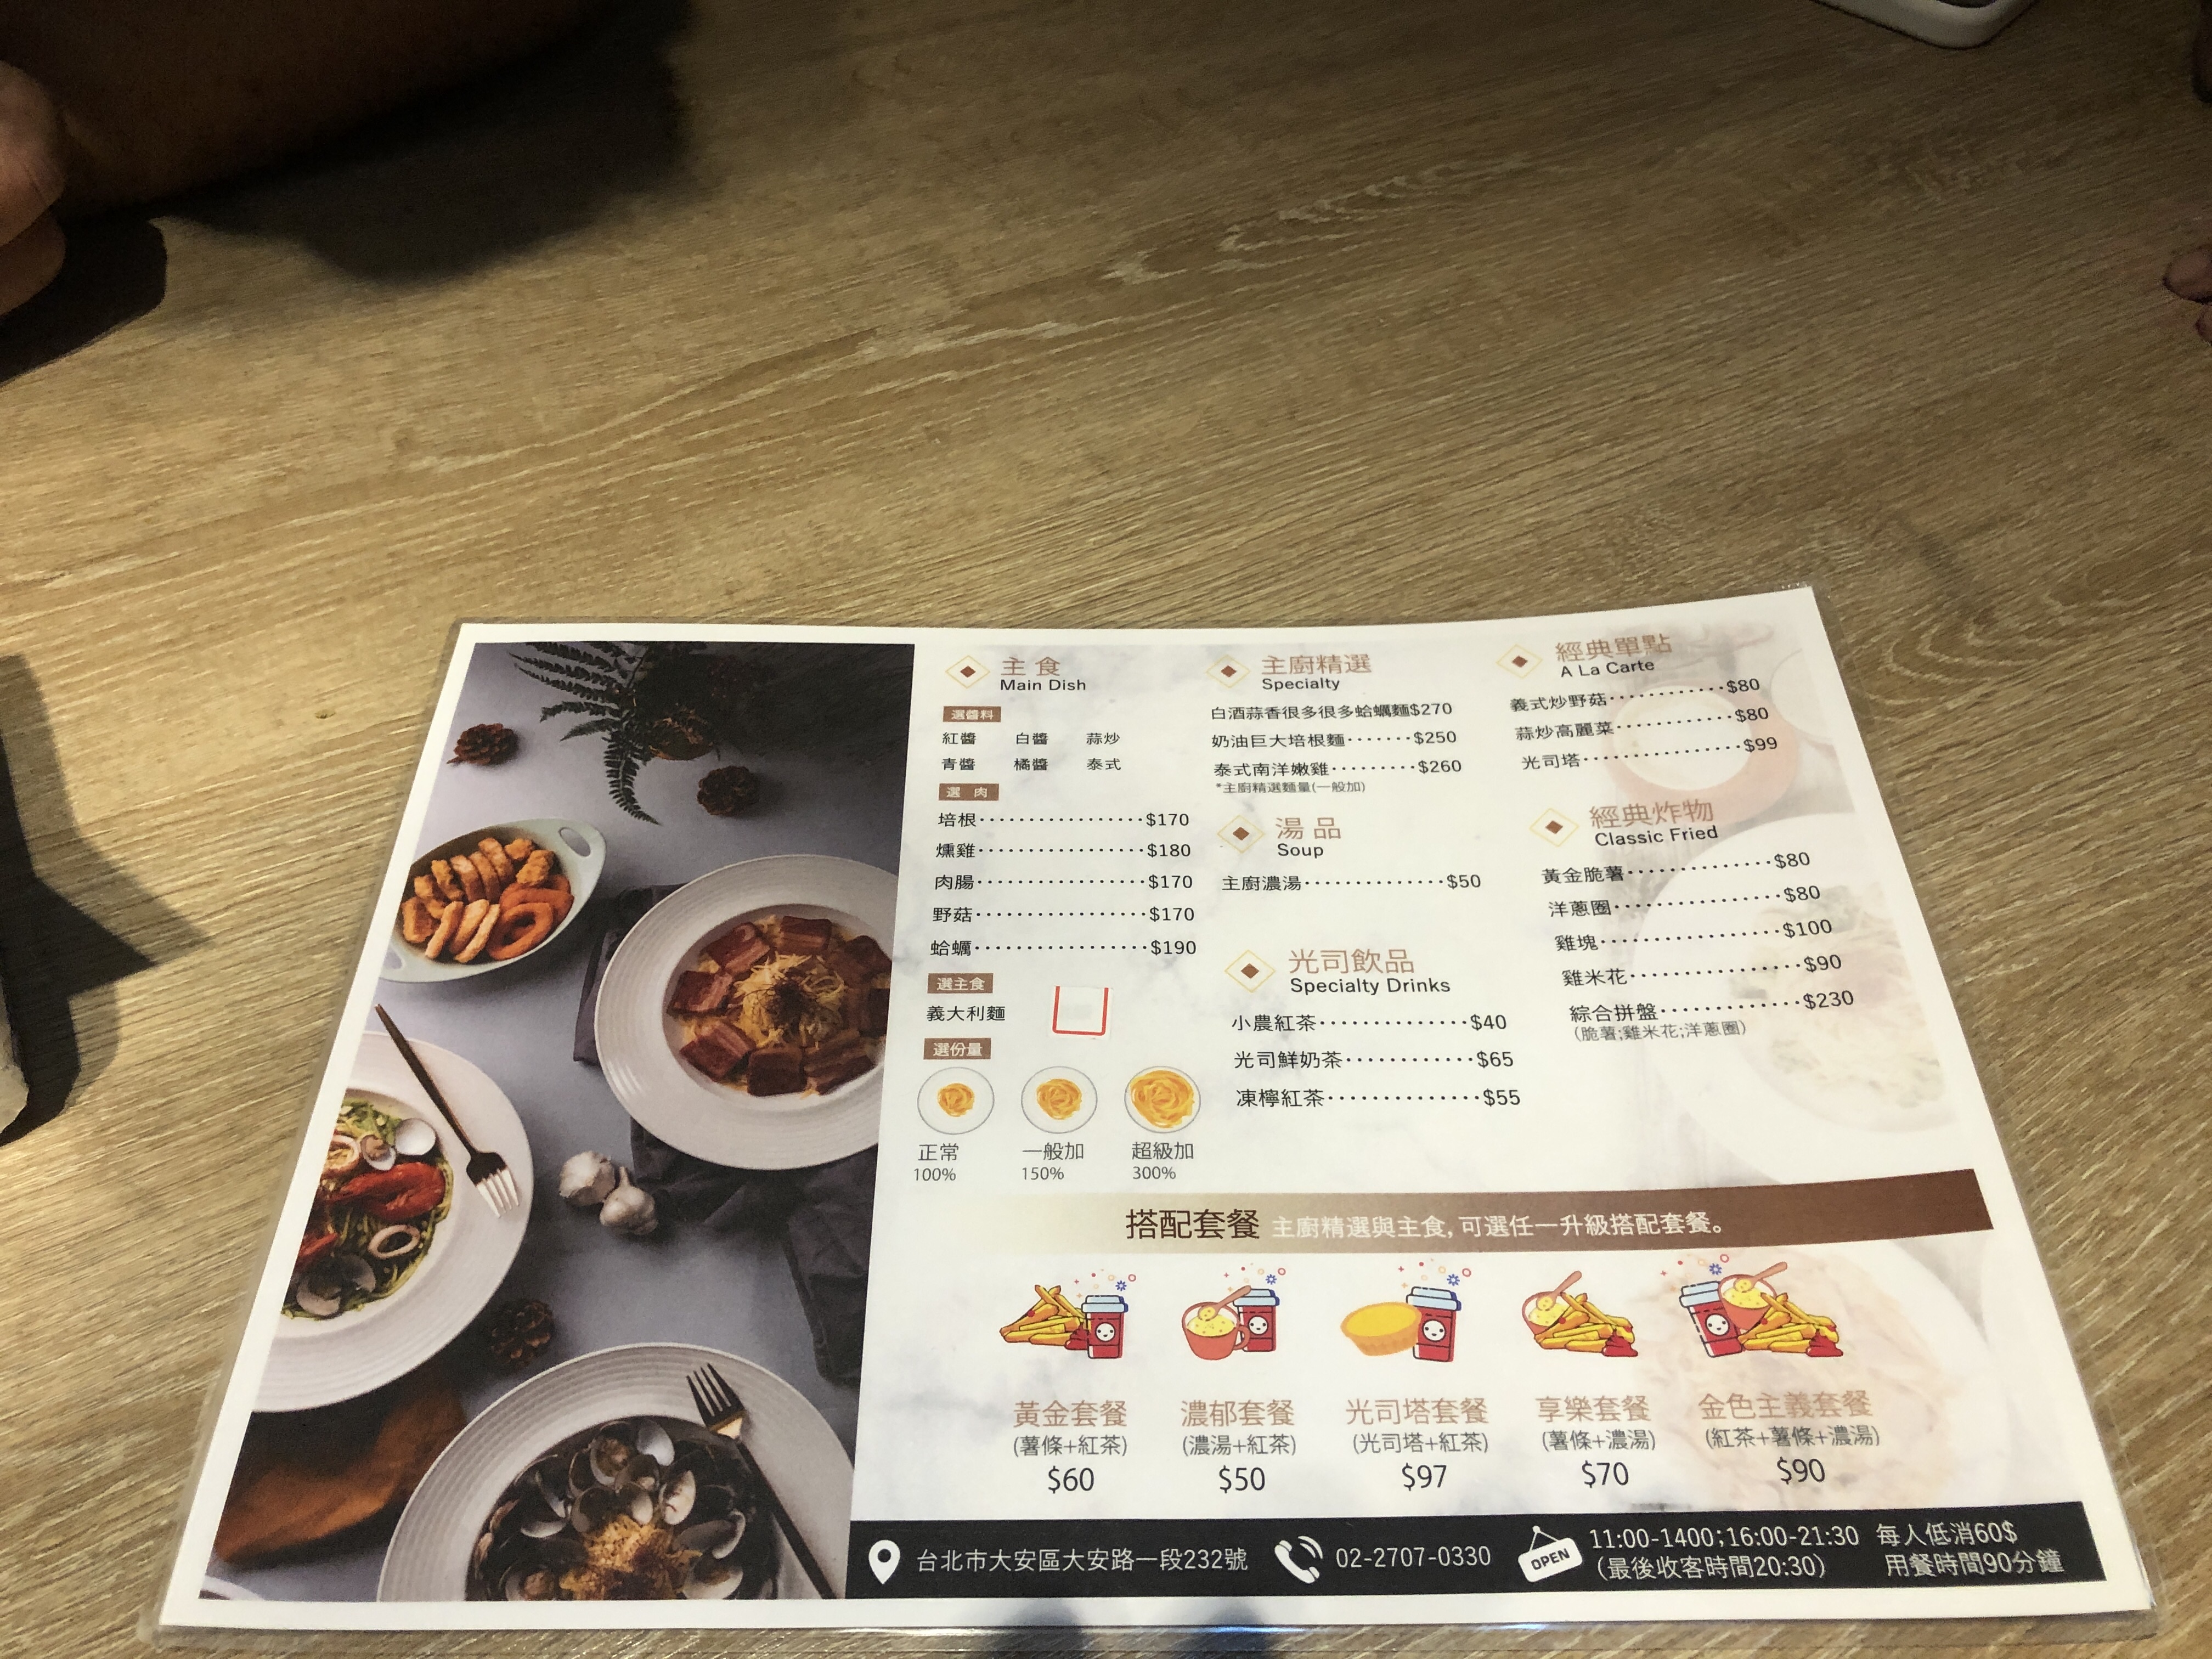
地址：台北市大安區大安路一段232號
電話：02-2707-0330
營業時間：11:00-14:00; 16:00-21:30 (Last order at 20:30). Minimum charge per person $60. Dining time 90 minutes.
菜單：
name: 培根
price: 170
name: 燻雞
price: 180
name: 肉腸
price: 170
name: 野菇
price: 170
name: 蛤蠣
price: 190
name: 白酒蒜香很多很多蛤蠣麵
price: 270
name: 奶油巨大培根麵
price: 250
name: 泰式南洋嫩雞
price: 260
name: 主廚濃湯
price: 50
name: 小農紅茶
price: 40
name: 光司鮮奶茶
price: 65
name: 凍檸紅茶
price: 55
name: 義式炒野菇
price: 80
name: 蒜炒高麗菜
price: 80
name: 光司塔
price: 99
name: 黃金脆薯
price: 80
name: 洋蔥圈
price: 80
name: 雞塊
price: 100
name: 雞米花
price: 90
name: 綜合拼盤
price: 230
name: 黃金套餐 (薯條+紅茶)
price: 60
name: 濃郁套餐 (濃湯+紅茶)
price: 50
name: 光司塔套餐 (光司塔+紅茶)
price: 97
name: 享樂套餐 (薯條+濃湯)
price: 70
name: 金色主義套餐 (紅茶+薯條+濃湯)
price: 90